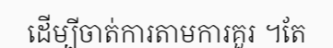
ដើម្បីចាត់ការតាមការគួរ ។តែ